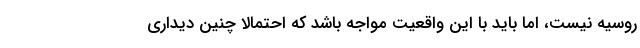
روسیه نیست، اما باید با این واقعیت مواجه باشد که احتمالاً چنین دیداری